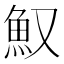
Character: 𩵎